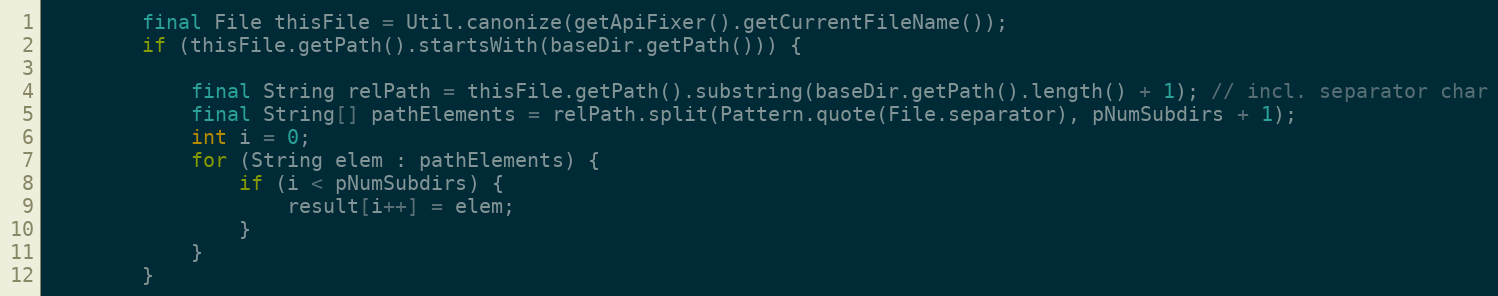
Language: Java
        final File thisFile = Util.canonize(getApiFixer().getCurrentFileName());
        if (thisFile.getPath().startsWith(baseDir.getPath())) {

            final String relPath = thisFile.getPath().substring(baseDir.getPath().length() + 1); // incl. separator char
            final String[] pathElements = relPath.split(Pattern.quote(File.separator), pNumSubdirs + 1);
            int i = 0;
            for (String elem : pathElements) {
                if (i < pNumSubdirs) {
                    result[i++] = elem;
                }
            }
        }